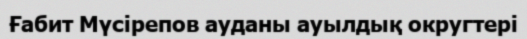
Ғабит Мүсірепов ауданы ауылдық округтері